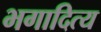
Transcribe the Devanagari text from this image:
भगादित्य